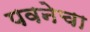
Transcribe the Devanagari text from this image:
पवनेचा